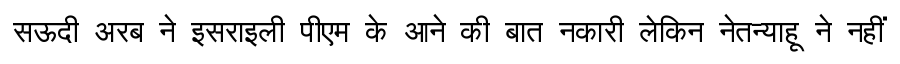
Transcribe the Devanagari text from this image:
सऊदी अरब ने इसराइली पीएम के आने की बात नकारी लेकिन नेतन्याहू ने नहीं